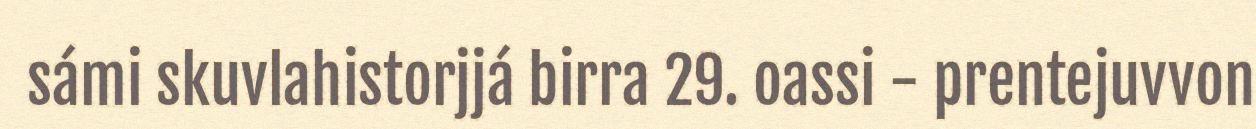
sámi skuvlahistorjjá birra 29. oassi - prentejuvvon